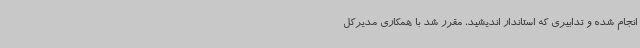
انجام شده و تدابیری که استاندار اندیشید، مقرر شد با همکاری مدیرکل